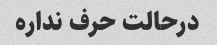
درحالت حرف نداره